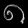
Digit: ၈